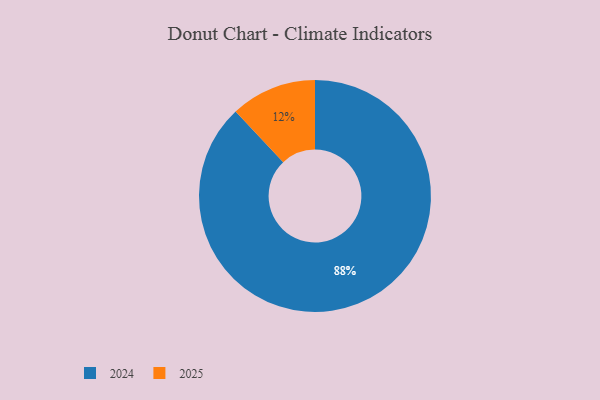
{"axis": {"x": "Category", "y": "Percentage"}, "legend": ["2024", "2025"], "data": [{"x": "2025", "y": 12, "type": "2025"}, {"x": "2024", "y": 88, "type": "2024"}]}